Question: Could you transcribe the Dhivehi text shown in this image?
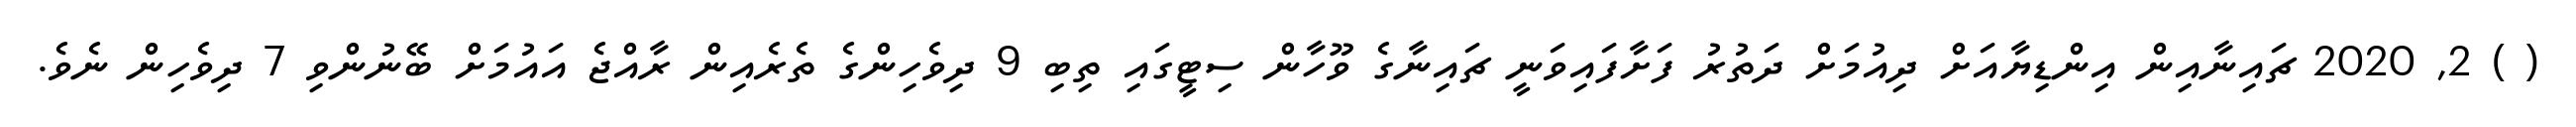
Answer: ( ) 2, 2020 ޗައިނާއިން އިންޑިޔާއަށް ދިއުމަށް ދަތުރު ފަށާފައިވަނީ ޗައިނާގެ ވޫހާން ސިޓީގައި ތިބި 9 ދިވެހިންގެ ތެރެއިން ރާއްޖެ އައުމަށް ބޭނުންވި 7 ދިވެހިން ނެވެ.